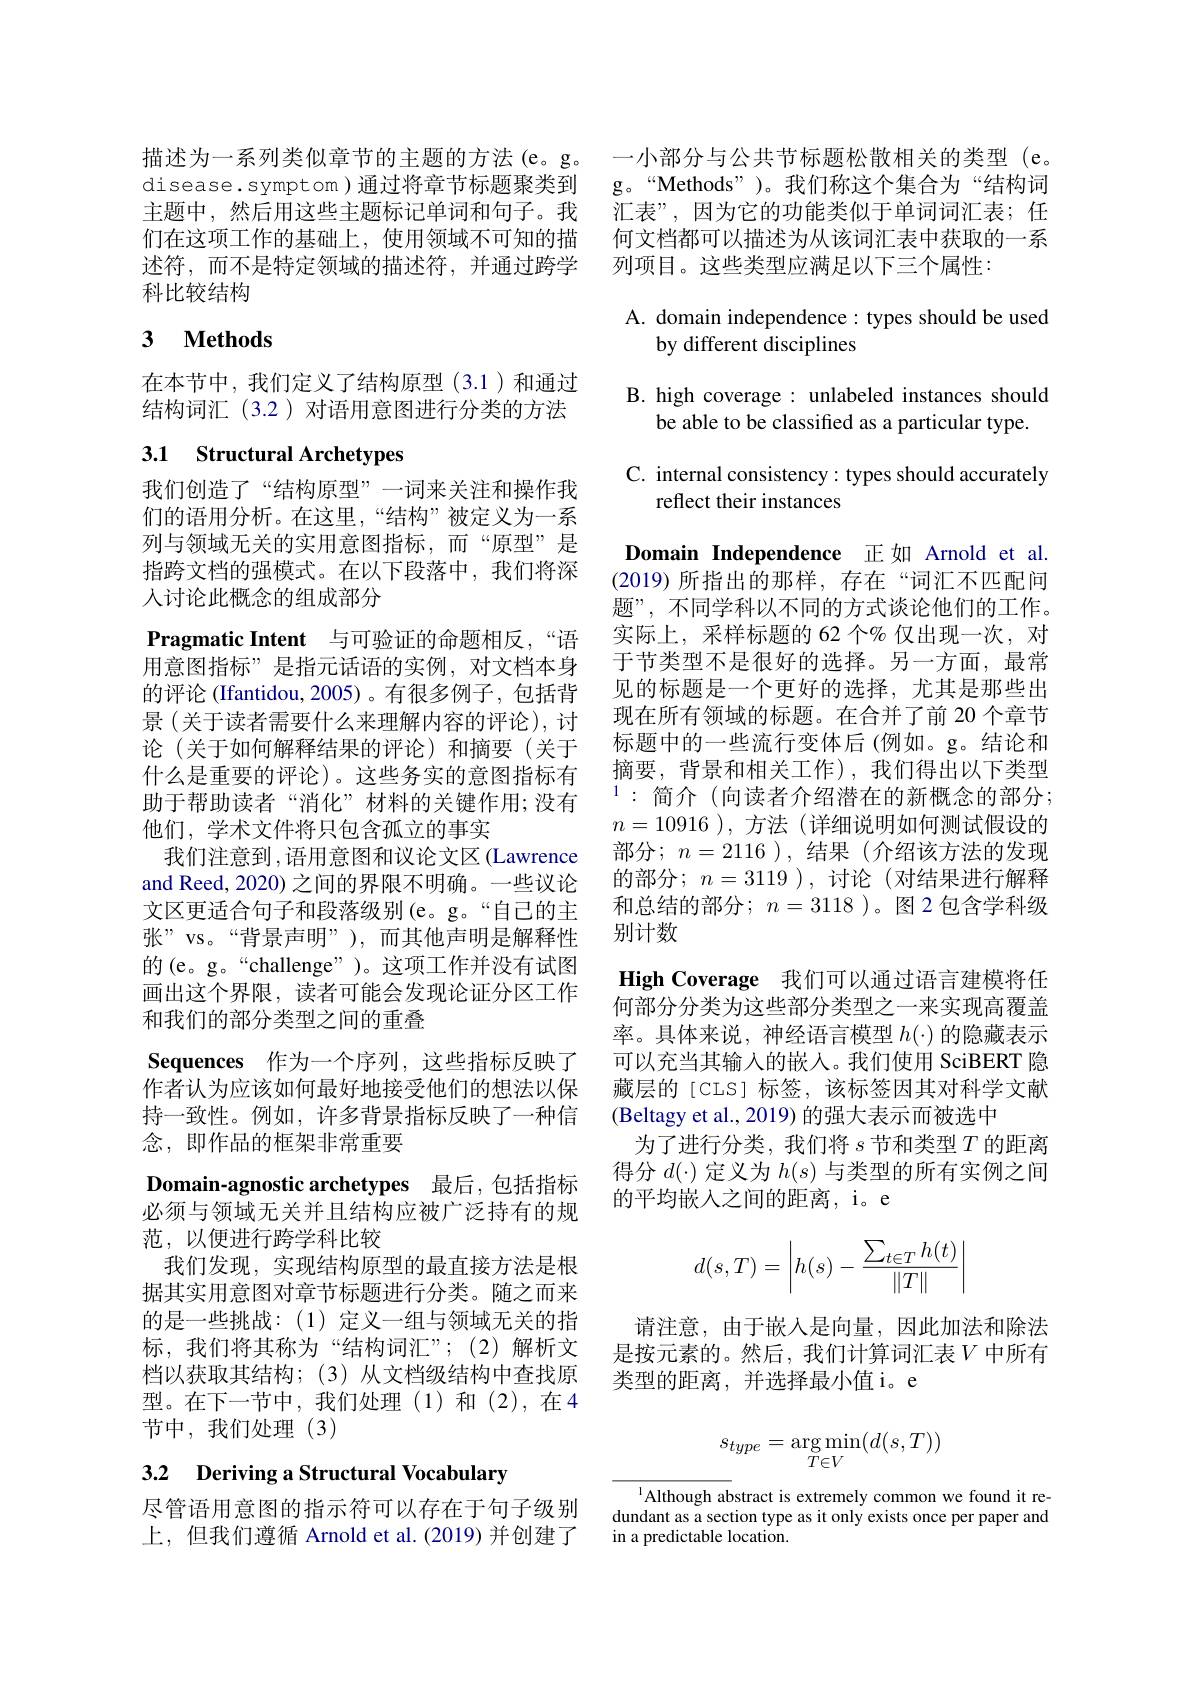
disease.symptom)通过将章节标题聚类到们在这项工作的基础上，使用领域不可知的描述符，而不是特定领域的描述符，并通过跨学科比较结构

# 3 $\textbf{Methods}$

在本节中，我们定义了结构原型(3.1)和通过结构词汇 (3.2)对语用意图进行分类的方法

# 3.1 Structural Archetypes

我们创造了“结构原型”一词来关注和操作我们的语用分析。在这里，“结构”被定义为一系列与领域无关的实用意图指标，而“原型”是指跨文档的强模式。在以下段落中，我们将深人讨论此概念的组成部分
Pragmatic Intent 与可验证的命题相反，“语用意图指标”是指元话语的实例，对文档本身的评论 (Ifantidou, 2005)。有很多例子，包括背景 (关于读者需要什么来理解内容的评论), 讨论(关于如何解释结果的评论)和摘要(关于什么是重要的评论)。这些务实的意图指标有助于帮助读者“消化”材料的关键作用；没有他们，学术文件将只包含孤立的事实
我们注意到，语用意图和议论文区(Lawrence and Reed, 2020) 之间的界限不明确。一些议论文区更适合句子和段落级别(e。g。“自己的主张”vs。“背景声明”),而其他声明是解释性的 (e。g。“challenge”)。这项工作并没有试图画出这个界限，读者可能会发现论证分区工作和我们的部分类型之间的重叠
Sequences 作为一个序列，这些指标反映了作者认为应该如何最好地接受他们的想法以保持一致性。例如，许多背景指标反映了一种信念，即作品的框架非常重要
Domain-agnostic archetypes 最后，包括指标必须与领域无关并且结构应被广泛持有的规范，以便进行跨学科比较
我们发现，实现结构原型的最直接方法是根据其实用意图对章节标题进行分类。随之而来的是一些挑战：(1)定义一组与领域无关的指标，我们将其称为“结构词汇”;(2)解析文档以获取其结构；(3)从文档级结构中查找原型。在下一节中，我们处理(1)和(2),在4节中，我们处理(3)

3.2 Deriving a Structural Vocabulary

尽管语用意图的指示符可以存在于句子级别上，但我们遵循 Arnold et al.(2019) 并创建了

描述为一系列类似章节的主题的方法(e。g。一小部分与公共节标题松散相关的类型 (e。
g。“Methods”)。我们称这个集合为“结构词
主题中，然后用这些主题标记单词和句子。我 汇表”,因为它的功能类似于单词词汇表；任
何文档都可以描述为从该词汇表中获取的一系
列项目。这些类型应满足以下三个属性：

## A. domain independence: types should be used by different disciplines

B. high coverage: unlabeled instances should
be able to be classified as a particular type.

C. internal consistency: types should accurately
reflect their instances

Domain Independence 正如 Arnold et al. (2019)所指出的那样，存在“词汇不匹配问题”, 不同学科以不同的方式谈论他们的工作。实际上，采样标题的 62 个% 仅出现一次，对于节类型不是很好的选择。另一方面，最常见的标题是一个更好的选择，尤其是那些出现在所有领域的标题。在合并了前 20 个章节标题中的一些流行变体后(例如。g。结论和摘要，背景和相关工作),我们得出以下类型$^{1}:$简介(向读者介绍潜在的新概念的部分； $n=10916$ ),方法 (详细说明如何测试假设的部分$;n=2116$),结果(介绍该方法的发现的部分；$n=3119$ ),讨论 (对结果进行解释和总结的部分$;n=3118$)。图2包含学科级别计数
High Coverage 我们可以通过语言建模将任何部分分类为这些部分类型之一来实现高覆盖率。具体来说，神经语言模型$h(\cdot)$的隐藏表示可以充当其输入的嵌入。我们使用 SciBERT 隐藏层的[CLS] 标签，该标签因其对科学文献(Beltagy et al., 2019) 的强大表示而被选中
为了进行分类，我们将$s$节和类型$T$的距离得分$d(\cdot)$定义为$h(s)$与类型的所有实例之间的平均嵌入之间的距离，i。e
$$d(s,T)=\begin{vmatrix}h(s)-\frac{\sum_{t\in T}h(t)}{\|T\|}\end{vmatrix}$$
请注意，由于嵌入是向量，因此加法和除法是按元素的。然后，我们计算词汇表$V$ 中所有类型的距离，并选择最小值 i。e
$$s_{type}=\underset{T\in V}{\arg\min}(d(s,T))$$
Although abstract is extremely common we found it redundant as a section type as it only exists once per paper and in a predictable location.